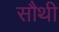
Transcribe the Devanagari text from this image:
सौथी